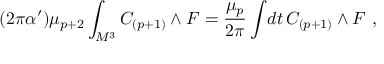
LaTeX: ( 2 \pi \alpha ^ { \prime } ) \mu _ { p + 2 } \int _ { { \cal M } ^ { 3 } } C _ { ( p + 1 ) } \wedge F = { \frac { \mu _ { p } } { 2 \pi } } \int \! d t \, C _ { ( p + 1 ) } \wedge F \ ,